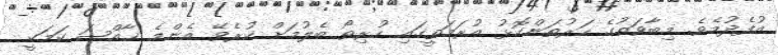
އުފެދުމެވެ. މިބާވަތުގެ ހަރުތަންކޮޅު އުރަމަތީގައި ހުރިތޯ ބެލުމަށް ކުރެވޭ އެންމެ ޚާއްޞަ ކަމަކީ